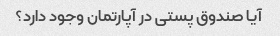
آیا صندوق پستی در آپارتمان وجود دارد؟